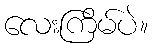
လေးကြိမ်ပဲ။